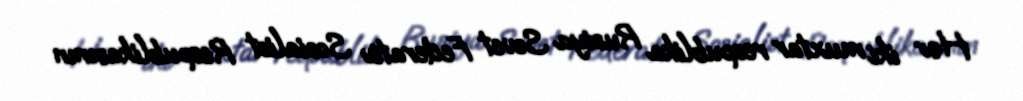
Hər iki muxtar respublika Rusiya Sovet Federativ Sosialist Respublikasının